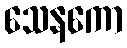
သေနကော